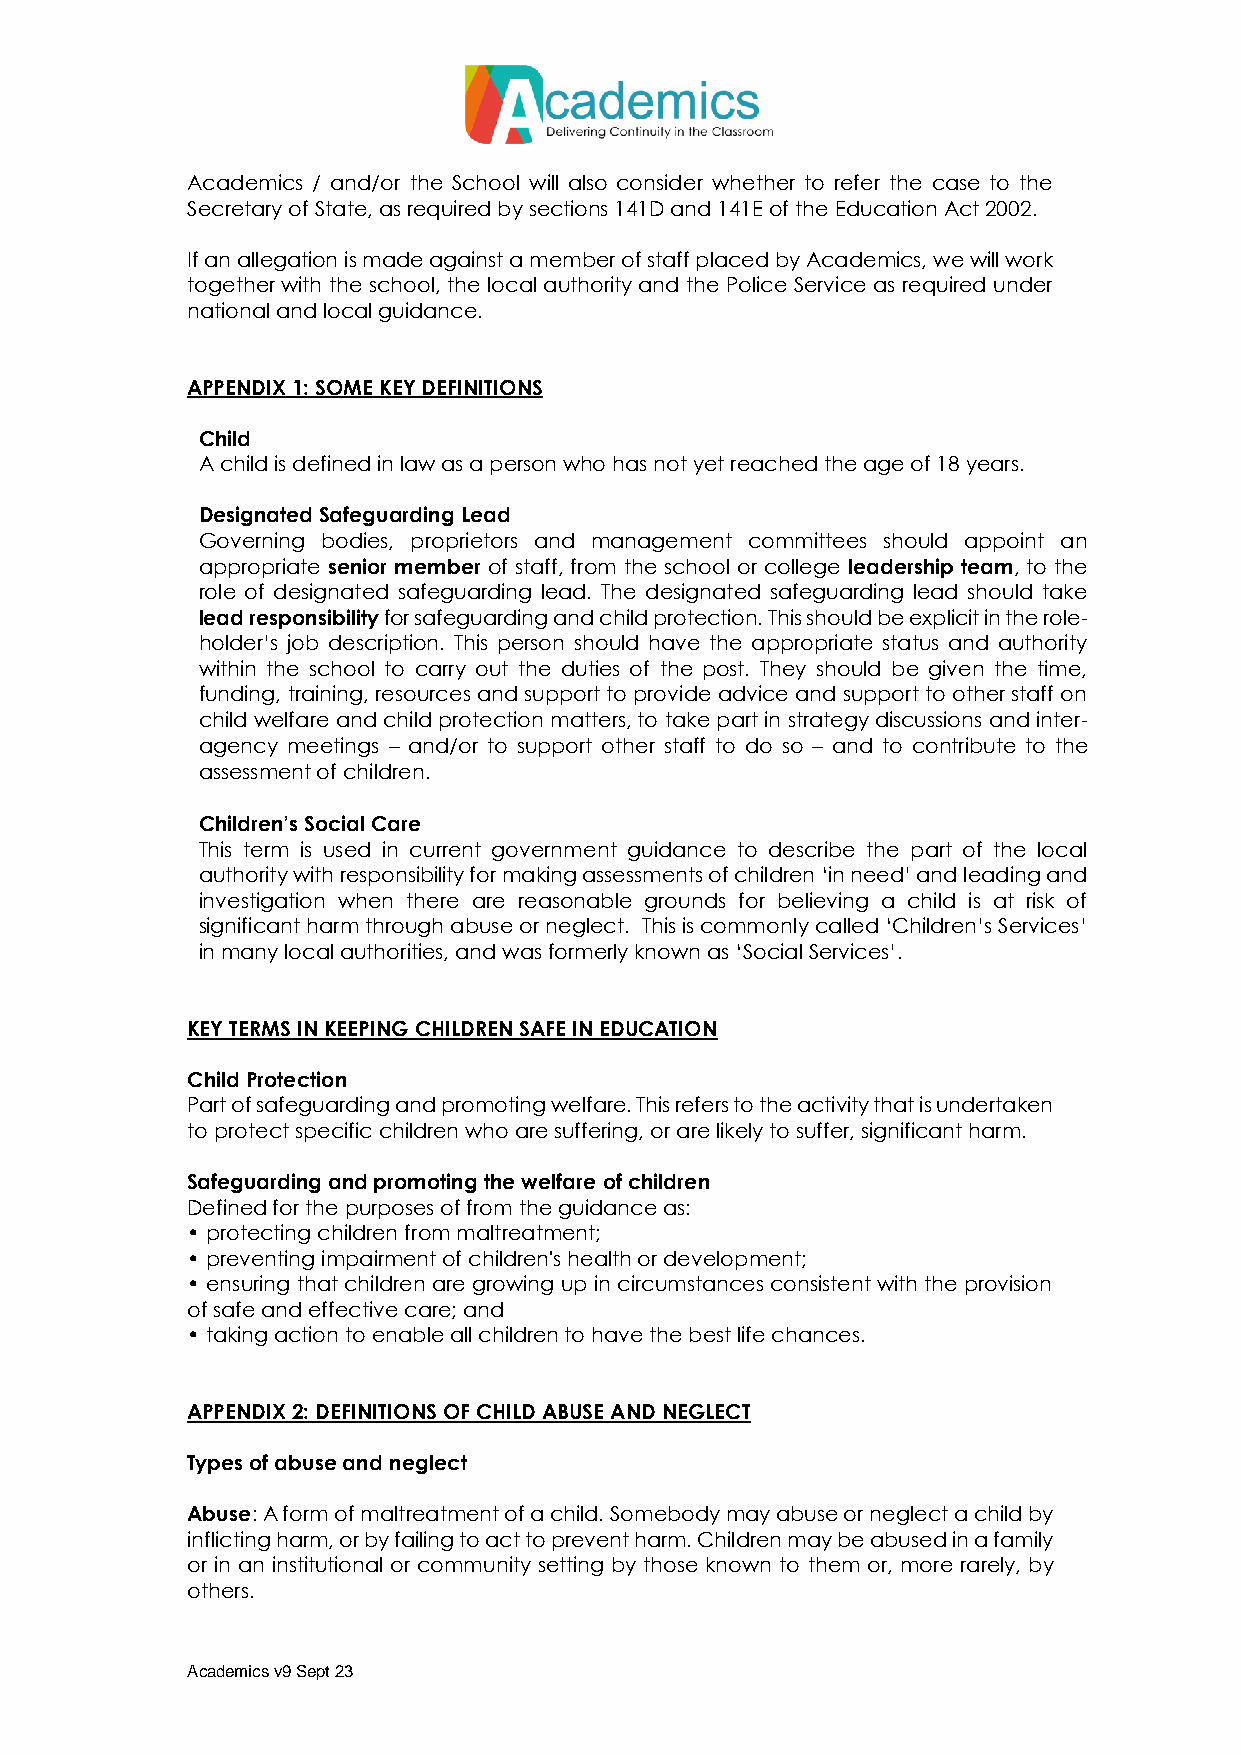
Academics / and/or the School will also consider whether to refer the case to the
 Secretary of State, as required by sections 141D and 141E of the Education Act 2002.
 If an allegation is made against a member of staff placed by Academics, we will work
 together with the school, the local authority and the Police Service as required under
 national and local guidance.
 APPENDIX 1: SOME KEY DEFINITIONS
 Child
 A child is defined in law as a person who has not yet reached the age of 18 years.
 Designated Safeguarding Lead
 Governing bodies, proprietors and management committees should appoint an
 appropriate senior member of staff, from the school or college leadership team, to the
 role of designated safeguarding lead. The designated safeguarding lead should take
 lead responsibility for safeguarding and child protection. This should be explicit in the role-
 holder’s job description. This person should have the appropriate status and authority
 within the school to carry out the duties of the post. They should be given the time,
 funding, training, resources and support to provide advice and support to other staff on
 child welfare and child protection matters, to take part in strategy discussions and inter-
 agency meetings – and/or to support other staff to do so – and to contribute to the
 assessment of children.
 Children’s Social Care
 This term is used in current government guidance to describe the part of the local
 authority with responsibility for making assessments of children ‘in need’ and leading and
 investigation when there are reasonable grounds for believing a child is at risk of
 significant harm through abuse or neglect. This is commonly called ‘Children’s Services’
 in many local authorities, and was formerly known as ‘Social Services’.
 KEY TERMS IN KEEPING CHILDREN SAFE IN EDUCATION
 Child Protection
 Part of safeguarding and promoting welfare. This refers to the activity that is undertaken
 to protect specific children who are suffering, or are likely to suffer, significant harm.
 Safeguarding and promoting the welfare of children
 Defined for the purposes of from the guidance as:
 • protecting children from maltreatment;
 • preventing impairment of children's health or development;
 • ensuring that children are growing up in circumstances consistent with the provision
 of safe and effective care; and
 • taking action to enable all children to have the best life chances.
 APPENDIX 2: DEFINITIONS OF CHILD ABUSE AND NEGLECT
 Types of abuse and neglect
 Abuse: A form of maltreatment of a child. Somebody may abuse or neglect a child by
 inflicting harm, or by failing to act to prevent harm. Children may be abused in a family
 or in an institutional or community setting by those known to them or, more rarely, by
 others.
 Academics v9 Sept 23